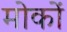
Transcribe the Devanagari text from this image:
मोकों